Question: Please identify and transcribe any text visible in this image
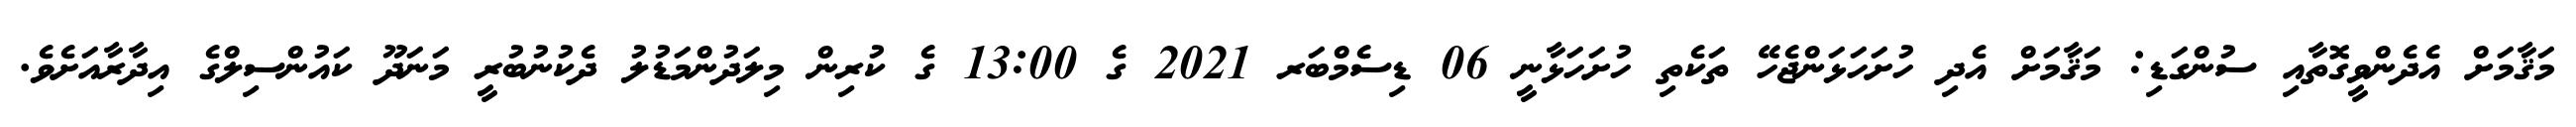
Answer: މަޤާމަށް އެދެންވީގޮތާއި ސުންގަޑި: މަޤާމަށް އެދި ހުށަހަޅަންޖެހޭ ތަކެތި ހުށަހަޅާނީ 06 ޑިސެމްބަރ 2021 ގެ 13:00 ގެ ކުރިން މިލަދުންމަޑުލު ދެކުނުބުރީ މަނަދޫ ކައުންސިލްގެ އިދާރާއަށެވެ.